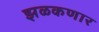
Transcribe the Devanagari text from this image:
झळकणार